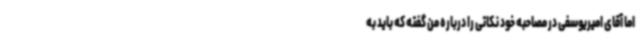
اما آقای امیریوسفی در مصاحبه خود نکاتی را درباره من گفته که باید به